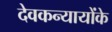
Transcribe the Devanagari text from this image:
देवकन्यायोंके